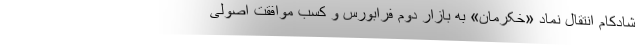
شادکام انتقال نماد «خکرمان» به بازار دوم فرابورس و کسب موافقت اصولی